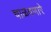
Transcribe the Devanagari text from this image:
चाळवणारे